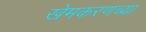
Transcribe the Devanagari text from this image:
खेमकरणच्या